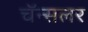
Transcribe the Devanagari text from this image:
चॅन्सलर